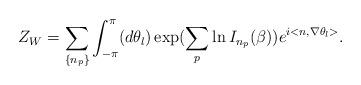
LaTeX: \begin{align*}Z_W = \sum_{ \left\{ n_p \right\} }\int_{-\pi}^{\pi} (d\theta_l ) \exp (\sum_p \ln I_{n_p}(\beta ) )e^{i<n , \nabla \theta_l >}.\end{align*}